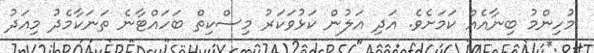
މުހިންމު ބިނާއެއް ކަމަށެވެ. އަދި އަލުން ކަޅުވަކަރު މިސްކިތް ބަހައްޓާނެ ތަނަކާމެދު މިއަދު